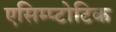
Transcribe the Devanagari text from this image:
एसिम्प्टोटिक